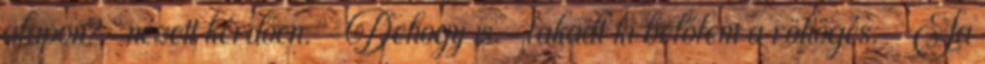
alapon?-nézett kérdően. -Dehogy is.-fakadt ki belőlem a röhögés. -Ja